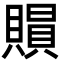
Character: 𧷰